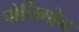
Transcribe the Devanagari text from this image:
पोलिगोन